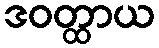
ဒဝတ္ထာယ